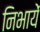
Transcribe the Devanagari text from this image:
निभायें